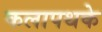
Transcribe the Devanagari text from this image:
कलापथके